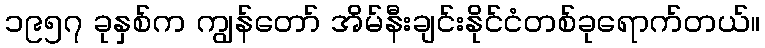
၁၉၅၇ ခုနှစ်က ကျွန်တော် အိမ်နီးချင်းနိုင်ငံတစ်ခုရောက်တယ်။